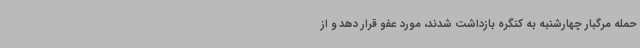
حمله مرگبار چهارشنبه به کنگره بازداشت شدند، مورد عفو قرار دهد و از